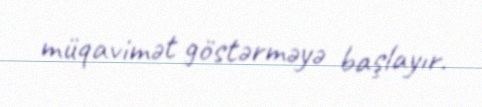
müqavimət göstərməyə başlayır.